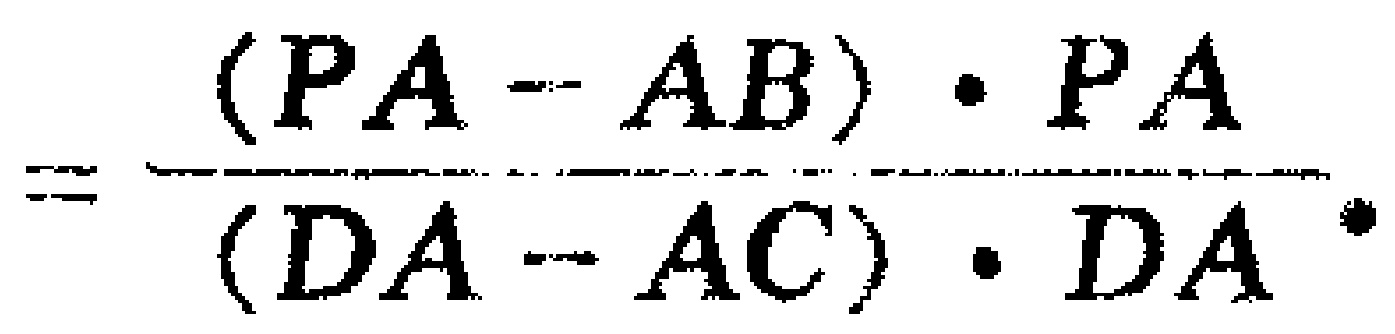
\[=\frac{(\boldsymbol{PA}-\boldsymbol{AB})\cdot\boldsymbol{PA}}{(\boldsymbol{DA}-\boldsymbol{AC})\cdot\boldsymbol{DA}}.\]